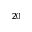
^ { 2 0 }